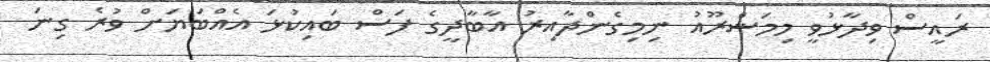
ރައީސް ވިދާޅުވީ މިމަޝްރޫއު ނިމިގެންދާއިރު އާބާދީގެ ފަސް ބައިކުޅަ އެއްބަޔަށް ވުރެ ގިނަ